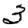
Digit: 3